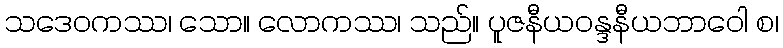
သဒေဝကဿ၊ သော။ လောကဿ၊ သည်။ ပူဇနီယဝန္ဒနီယဘာဝေါ စ၊